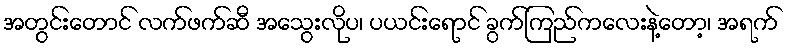
အတွင်းတောင် လက်ဖက်ဆီ အသွေးလိုပ၊ ပယင်းရောင် ခွက်ကြည်ကလေးနဲ့တော့၊ အရက်